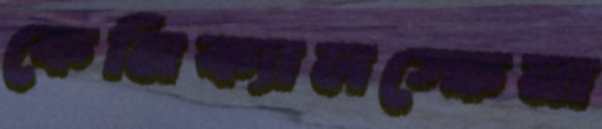
কেমিক্যালস্ফেনা